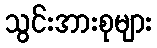
သွင်းအားစုများ